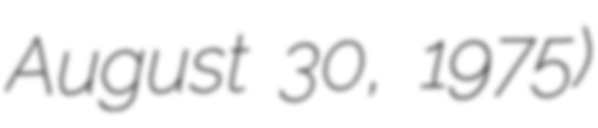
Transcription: August 30, 1975)